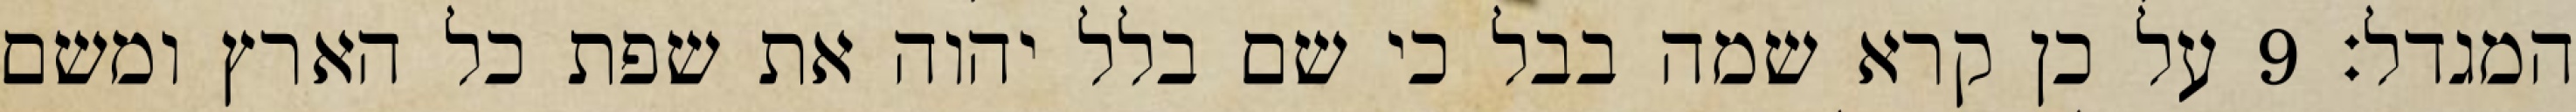
המגדל׃ ‎9‏ על כן קרא שמה בבל כי שם בלל יהוה את שפת כל הארץ ומשם